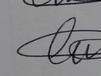
Signature authenticity: genuine